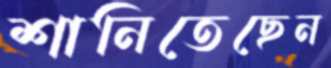
শানিতেছেন